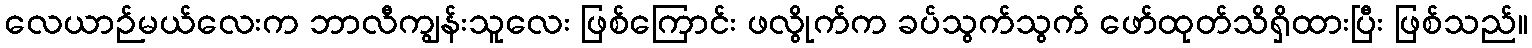
လေယာဉ်မယ်လေးက ဘာလီကျွန်းသူလေး ဖြစ်ကြောင်း ဖလွိုက်က ခပ်သွက်သွက် ဖော်ထုတ်သိရှိထားပြီး ဖြစ်သည်။